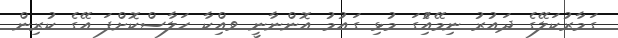
ގަމާރުކަލޭގެ ދައުރު ނިމޭއިެުގަ މުޅި ގައުމު އޮންނާނީ ވއިްކާ ހަލާސްކޮށްފަ އޭގެ ކުރިން